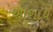
આશાય